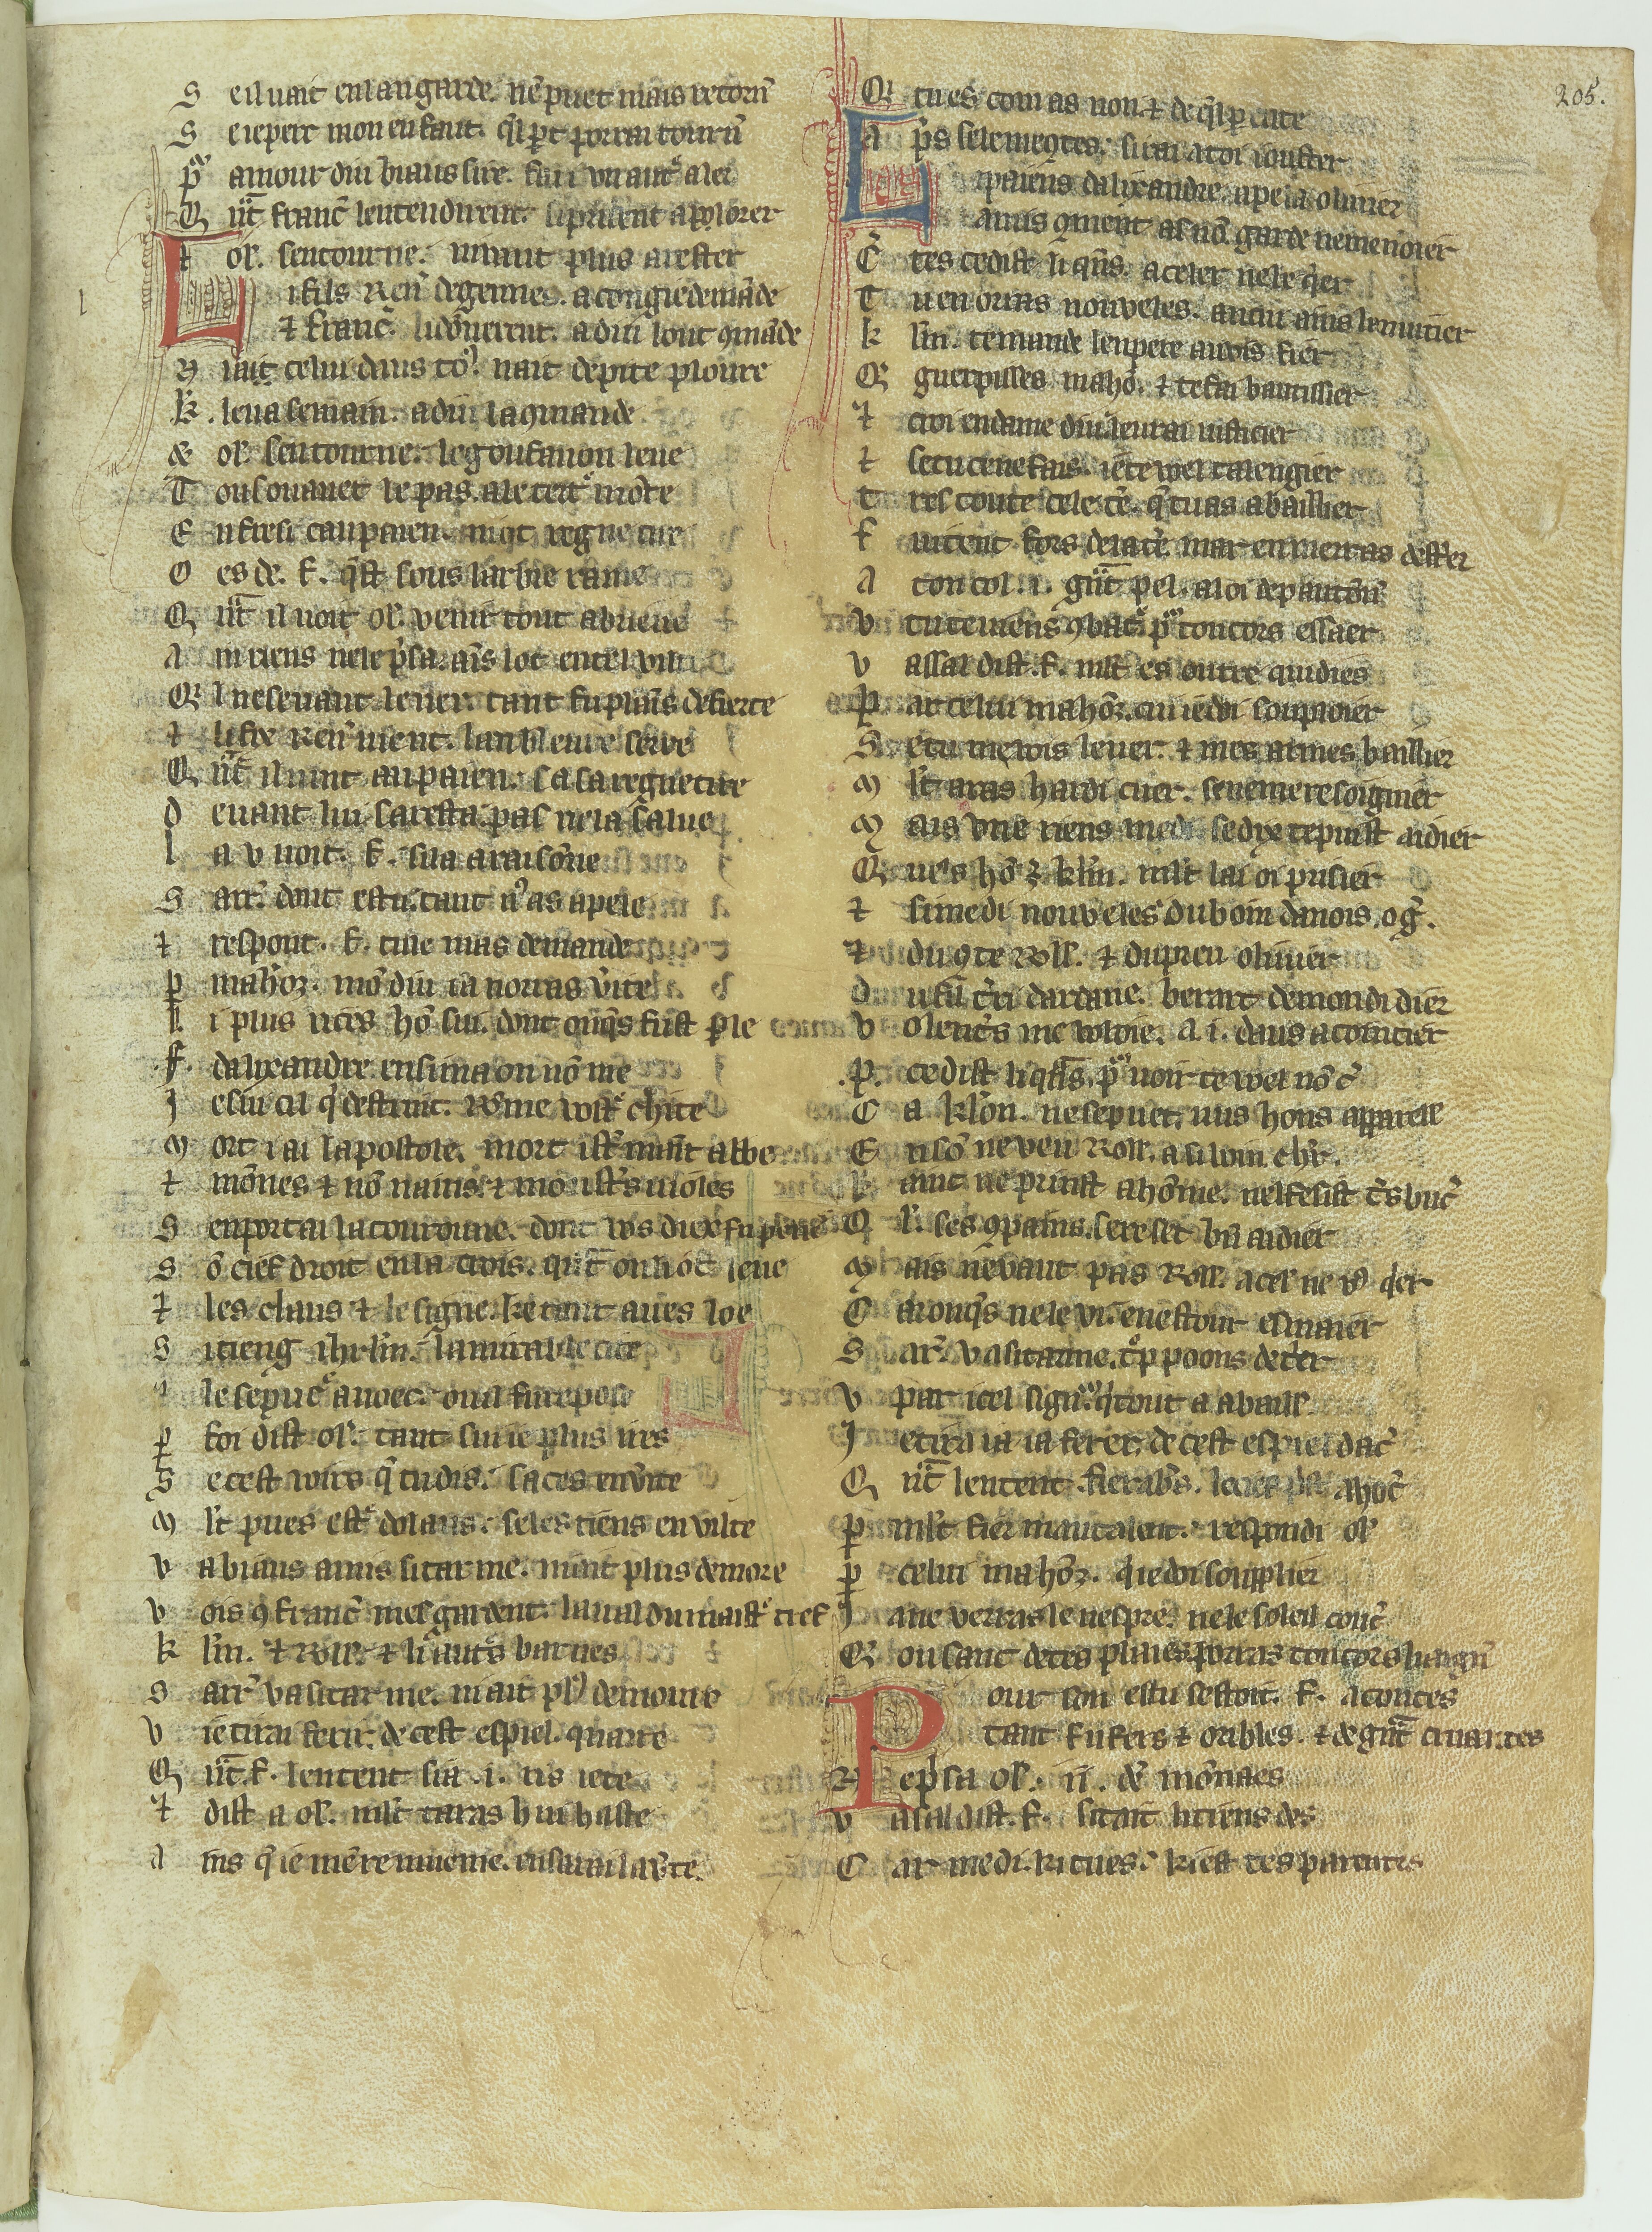
Shelfmark: Paris, BnF, fr. 12603
Century: 13